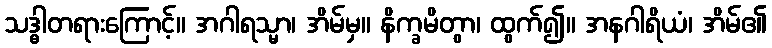
သဒ္ဓါတရားကြောင့်။ အဂါရသ္မာ၊ အိမ်မှ။ နိက္ခမိတွာ၊ ထွက်၍။ အနဂါရိယံ၊ အိမ်၏